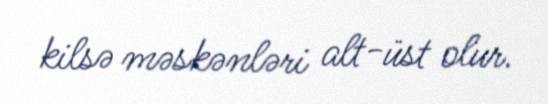
kilsə məskənləri alt-üst olur.